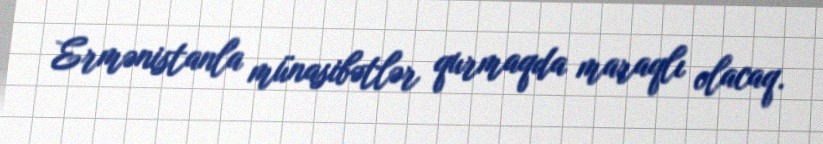
Ermənistanla münasibətlər qurmaqda maraqlı olacaq.